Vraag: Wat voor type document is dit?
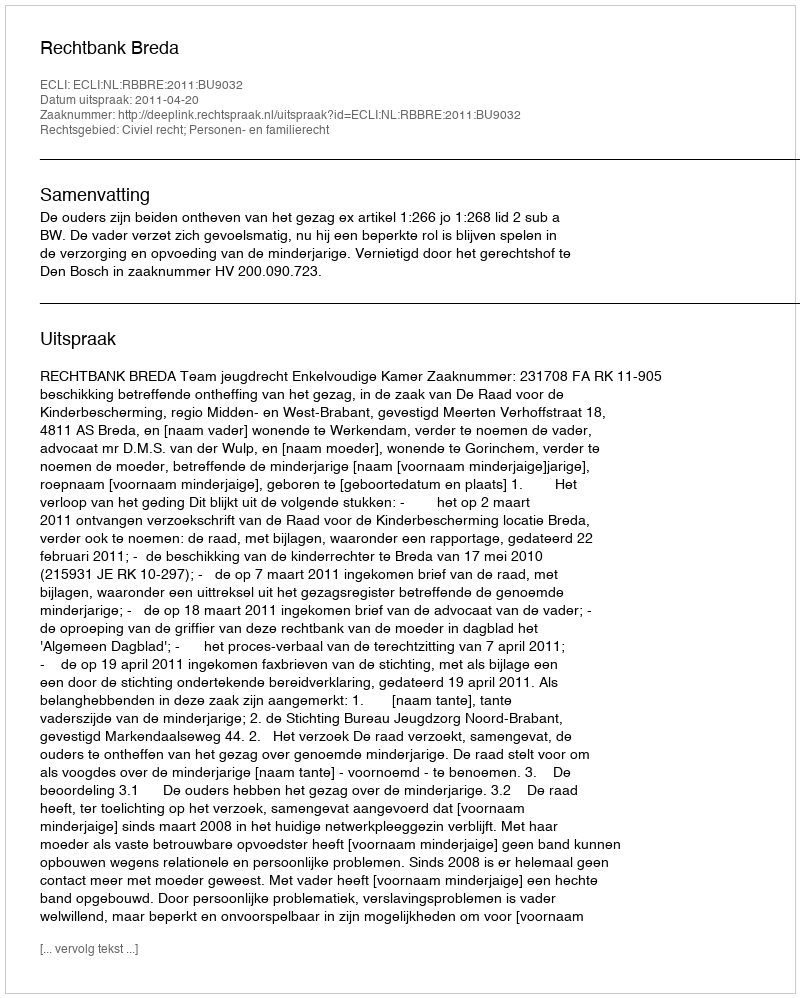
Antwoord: Uitspraak